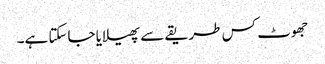
جھوٹ کس طریقے سے پھیلایا جاسکتا ہے۔